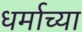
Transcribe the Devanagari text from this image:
धर्माच्‍या